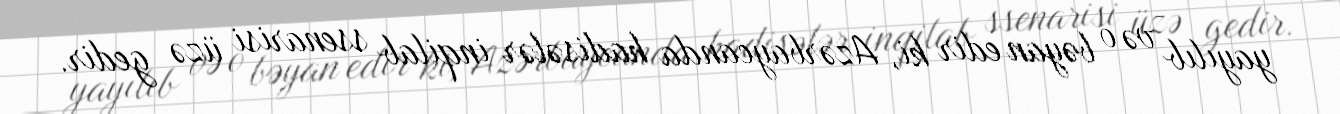
yayılıb və o bəyan edir ki, Azərbaycanda hadisələr inqilab ssenarisi üzə gedir.